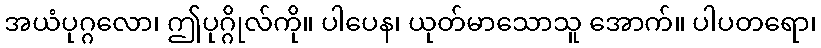
အယံပုဂ္ဂလော၊ ဤပုဂ္ဂိုလ်ကို။ ပါပေန၊ ယုတ်မာသောသူ အောက်။ ပါပတရော၊